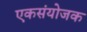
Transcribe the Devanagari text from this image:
एकसंयोजक